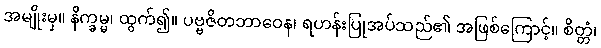
အမျိုးမှ။ နိက္ခမ္မ၊ ထွက်၍။ ပဗ္ဗဇိတဘာဝေန၊ ရဟန်းပြုအပ်သည်၏ အဖြစ်ကြောင့်။ စိတ္တံ၊